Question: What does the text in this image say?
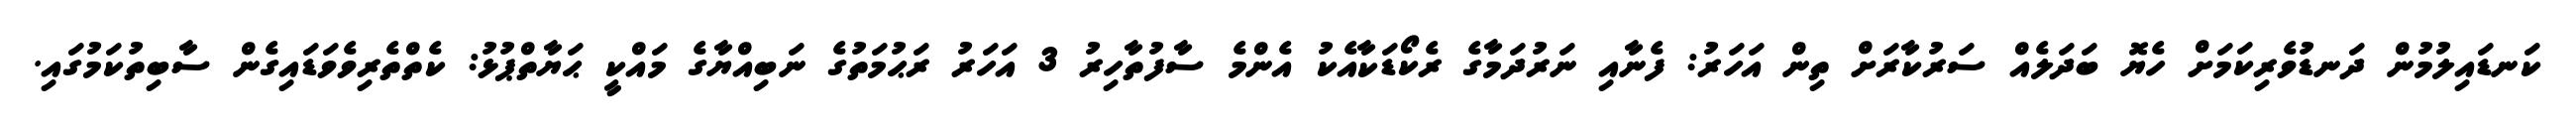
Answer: ކަނޑައިލުމުން ދަނޑުވެރިކަމަށް ހެޔޮ ބަދަލެއް ސަރުކާރަށް ތިން އަހަރު: ފެނާއި ނަރުދަމާގެ ރެކޯޑަކާއެކު އެންމެ ސާފުތާހިރު 3 އަހަރު ރަޙުމަތުގެ ނަބިއްޔާގެ މައްކީ ޙަޔާތްޕުޅު: ކެތްތެރިވެވަޑައިގެން ސާބިތުކަމުގައި.